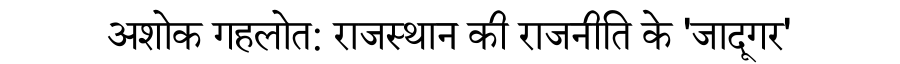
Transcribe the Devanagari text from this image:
अशोक गहलोत: राजस्थान की राजनीति के 'जादूगर'